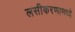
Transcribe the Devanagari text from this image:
लसीकरणामध्ये